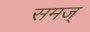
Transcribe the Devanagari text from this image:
समज्